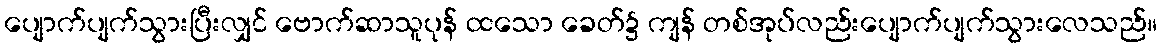
ပျောက်ပျက်သွားပြီးလျှင် ဗောက်ဆာသူပုန် ထသော ခေတ်၌ ကျန် တစ်အုပ်လည်းပျောက်ပျက်သွားလေသည်။